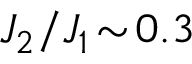
J _ { 2 } / J _ { 1 } \! \sim \! 0 . 3